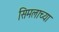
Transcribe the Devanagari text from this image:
सिमलाच्या